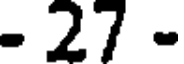
- 27 -